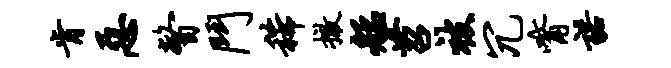
肯恶瞥斗稀撤艋苕被冗觜诺